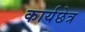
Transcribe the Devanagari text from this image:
कार्यछेत्र